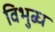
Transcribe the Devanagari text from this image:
विभुब्ध